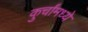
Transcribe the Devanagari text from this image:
कुर्चांमध्ये